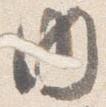
内